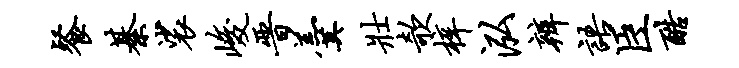
餐綦裟峻晋羹壮欹梓泓辨语臣酷